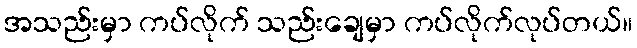
အသည်းမှာ ကပ်လိုက် သည်းချေမှာ ကပ်လိုက်လုပ်တယ်။